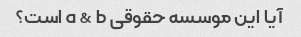
آیا این موسسه حقوقی a & b است؟